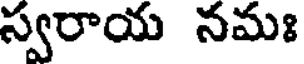
స్వరాయ నమః